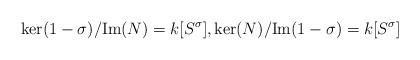
LaTeX: \begin{align*}\ker(1-\sigma)/\mathrm{Im}(N) = k[S^\sigma], \ker(N)/\mathrm{Im}(1-\sigma) = k[S^\sigma]\end{align*}